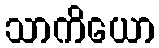
သာကိယော